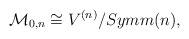
\begin{align*}{\cal M}_{0,n}\cong V^{(n)}/{Symm}(n),\end{align*}